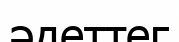
әдеттег